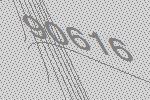
90616